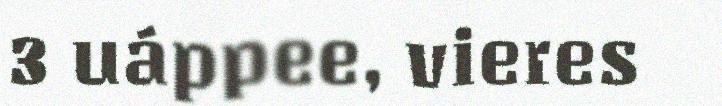
3 uáppee, vieres